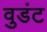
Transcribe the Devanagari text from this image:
वुडंट